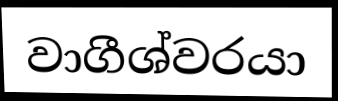
වාගීශ්වරයා